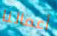
أعمالنا